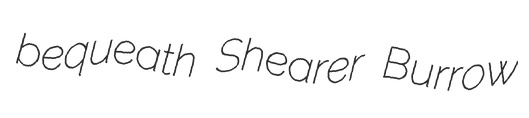
bequeath Shearer Burrow